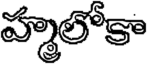
హ్మలోకా